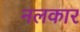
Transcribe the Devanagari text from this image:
नलकार